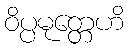
ဝိပ္ပမုတ္တေဟိ